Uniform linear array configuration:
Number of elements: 4
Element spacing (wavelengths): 0.25
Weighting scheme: kaiser
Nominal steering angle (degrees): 30
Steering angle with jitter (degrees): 31.396
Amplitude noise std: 0.05
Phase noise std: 0.05

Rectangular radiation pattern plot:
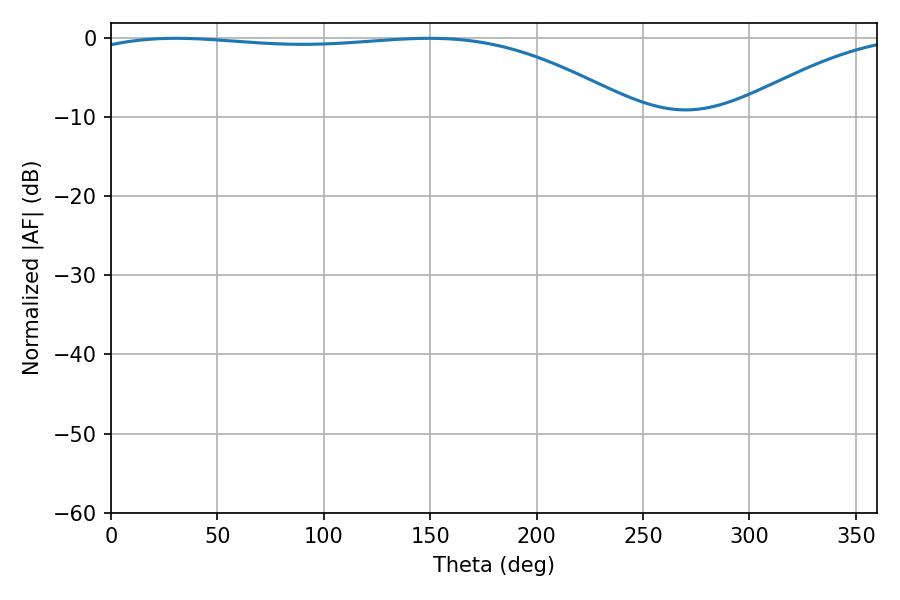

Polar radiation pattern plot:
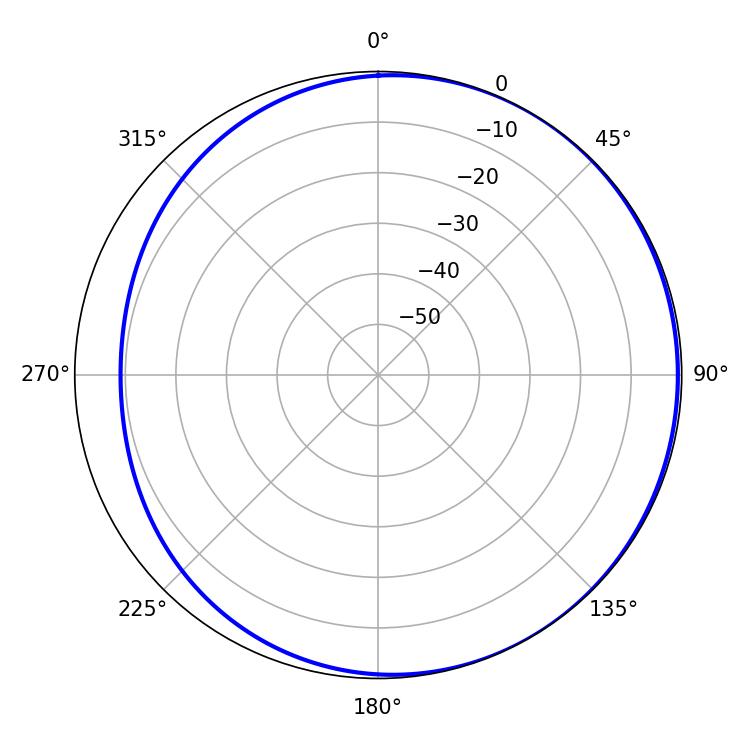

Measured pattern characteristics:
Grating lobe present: FALSE
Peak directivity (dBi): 1.848
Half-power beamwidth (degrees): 206.28
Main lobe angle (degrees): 30.42